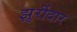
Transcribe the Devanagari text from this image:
झुरींदार